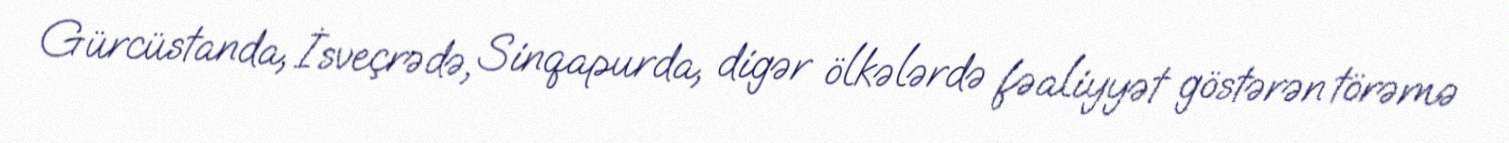
Gürcüstanda, İsveçrədə, Sinqapurda, digər ölkələrdə fəaliyyət göstərən törəmə